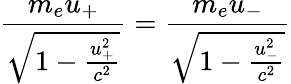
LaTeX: \frac{m_{e}u_{+}}{\sqrt{1-\frac{u_{+}^{2}}{c^{2}}}}=\frac{m_{e}u_{-}}{\sqrt{1-\frac{u_{-}^{2}}{c^{2}}}}